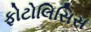
ફોટોલિસિસ